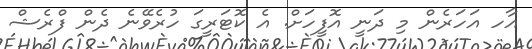
އާހ އަހަރެން މި ދަނީ އޮފީހަށް. އެ ކޮޓަރީގަ ހުރެވޭނެ ދެން ފްރެޝް